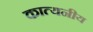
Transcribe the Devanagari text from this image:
कात्यनीय